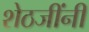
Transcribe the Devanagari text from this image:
शेठजींनी